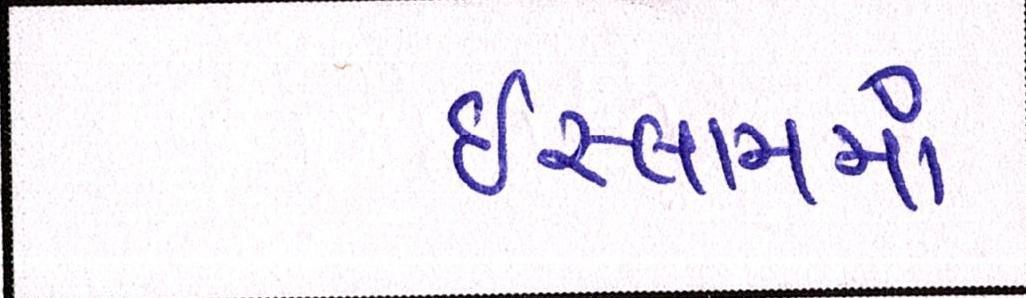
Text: ઇસ્લામમાં